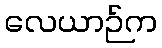
လေယာဉ်က